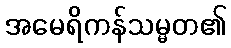
အမေရိကန်သမ္မတ၏